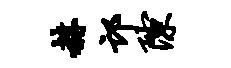
赫邙隙